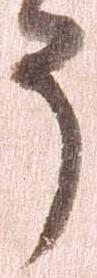
う